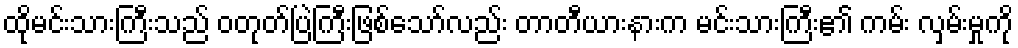
ထိုမင်းသားကြီးသည် ဝတုတ်ပြဲကြီးဖြစ်သော်လည်း တာတီယားနားက မင်းသားကြီး၏ ကမ်း လှမ်းမှုကို